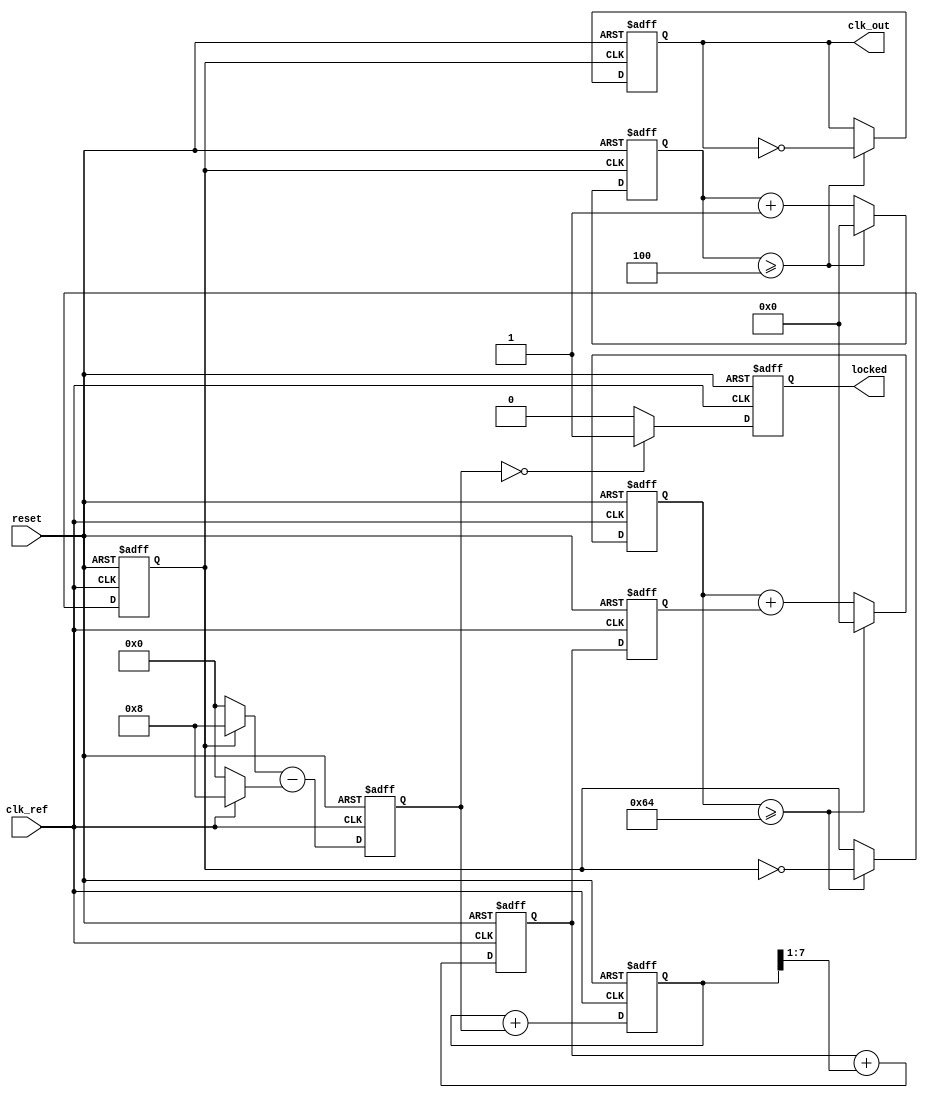
module dual_loop_pll (
    input wire clk_ref,          // Reference clock input
    input wire reset,            // Reset signal
    output reg clk_out,          // Output clock
    output reg locked            // Lock status
);

    // Parameters
    parameter INNER_LOOP_GAIN = 8; // Inner loop gain
    parameter OUTER_LOOP_GAIN = 1;  // Outer loop gain
    parameter DIVIDER_RATIO = 4;     // Frequency divider ratio

    // Internal signals
    reg [3:0] phase_error;           // Phase error signal
    reg [7:0] vco_control;            // Control signal for VCO
    reg [7:0] inner_filter;           // Inner loop filter output
    reg [7:0] outer_filter;           // Outer loop filter output
    reg [31:0] vco_counter;           // VCO frequency counter
    reg [31:0] divider_counter;       // Divider counter
    reg vco_clk;                      // VCO clock output

    // Phase Detector
    always @(posedge clk_ref or posedge reset) begin
        if (reset) begin
            phase_error <= 0;
        end else begin
            // Simple phase error calculation (pseudo logic)
            phase_error <= (vco_clk ? INNER_LOOP_GAIN : 0) - (clk_ref ? INNER_LOOP_GAIN : 0);
        end
    end

    // Inner Loop Filter
    always @(posedge clk_ref or posedge reset) begin
        if (reset) begin
            inner_filter <= 0;
        end else begin
            inner_filter <= inner_filter + phase_error;
        end
    end

    // Outer Loop Filter
    always @(posedge clk_ref or posedge reset) begin
        if (reset) begin
            outer_filter <= 0;
        end else begin
            outer_filter <= outer_filter + (inner_filter >> 1); // Simple averaging for outer loop
        end
    end

    // Voltage-Controlled Oscillator (VCO)
    always @(posedge clk_ref or posedge reset) begin
        if (reset) begin
            vco_control <= 0;
            vco_counter <= 0;
            vco_clk <= 0;
        end else begin
            vco_control <= outer_filter; // Control VCO frequency
            // VCO frequency generation logic (simple counter)
            vco_counter <= vco_counter + vco_control;
            if (vco_counter >= 100) begin // Adjust threshold as necessary
                vco_clk <= ~vco_clk; // Toggle VCO clock
                vco_counter <= 0;
            end
        end
    end

    // Frequency Divider
    always @(posedge vco_clk or posedge reset) begin
        if (reset) begin
            divider_counter <= 0;
            clk_out <= 0;
        end else begin
            divider_counter <= divider_counter + 1;
            if (divider_counter >= DIVIDER_RATIO) begin
                clk_out <= ~clk_out; // Toggle output clock
                divider_counter <= 0;
            end
        end
    end

    // Lock Detection Logic
    always @(posedge clk_ref or posedge reset) begin
        if (reset) begin
            locked <= 0;
        end else begin
            // Simple lock detection logic (pseudo logic)
            if (phase_error == 0) begin
                locked <= 1; // Indicate locked state
            end else begin
                locked <= 0;
            end
        end
    end

endmodule